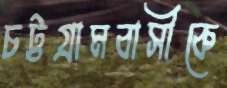
চট্টগ্রামবাসীকে